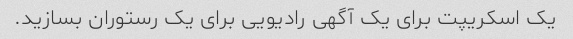
یک اسکریپت برای یک آگهی رادیویی برای یک رستوران بسازید.